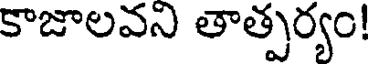
కాజాలవని తాత్పర్యం!